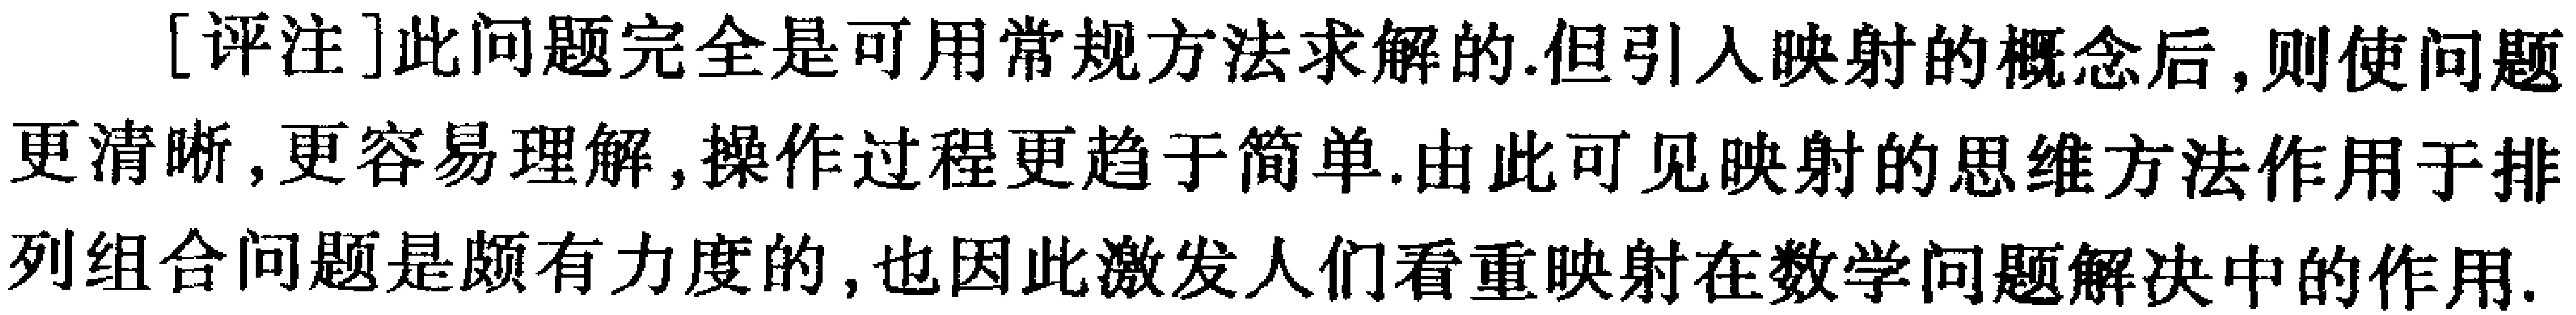
[评注]此问题完全是可用常规方法求解的.但引入映射的概念后,则使问题更清晰,更容易理解,操作过程更趋于简单.由此可见映射的思维方法作用于排列组合问题是颇有力度的,也因此激发人们看重映射在数学问题解决中的作用.